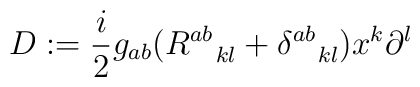
D:=\frac{i}{2}  g_{ab}(R^{ab}_{\;\;\;\; kl}+\delta^{ab}_{\;\;\;\; kl})x^{k}\partial^{l}